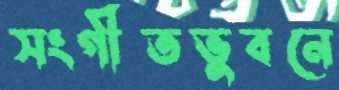
সংগীতভুবনে